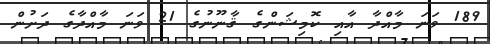
189 ވަނަ މާއްދާ އާއި ކޮމިޝަންގެ ޤާނޫނުގެ 21 ވަނަ މާއްދާގެ ދަށުން